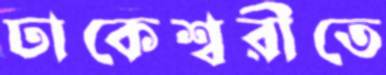
ঢাকেশ্বরীতে